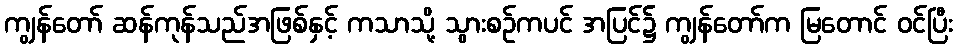
ကျွန်တော် ဆန်ကုန်သည်အဖြစ်နှင့် ကသာသို့ သွားစဉ်ကပင် အပြင်၌ ကျွန်တော်က မြတောင် ဝင်ပြီး